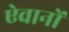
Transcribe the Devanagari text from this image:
ऐवानों